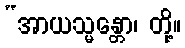
“အာယသ္မန္တော၊ တို့။